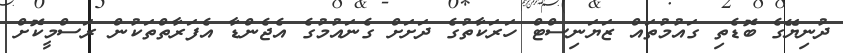
ދުނިޔޭގެ ބޮޑެތި ގައުމުތައް ޒަޔަނިސްޓް ހަރަކާތުގެ ދަށަށް ގެނައުމުގެ އެޖެންޑާ އެފަރާތްތަކުން ރަސްމީކޮށް